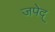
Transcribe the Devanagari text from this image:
जपेद्